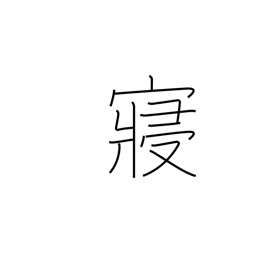
Meaning: bed chamber